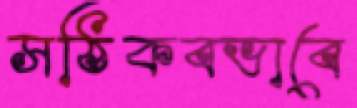
সঠিকবভাবে